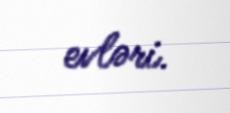
evləri.